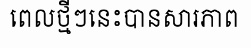
ពេលថ្មីៗនេះបានសារភាព